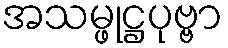
အသမ္ဖုဋ္ဌပုဗ္ဗာ